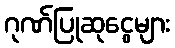
ဂုဏ်ပြုဆုငွေများ